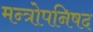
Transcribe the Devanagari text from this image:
मन्त्रोपनिषद